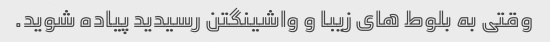
وقتی به بلوط های زیبا و واشینگتن رسیدید پیاده شوید.